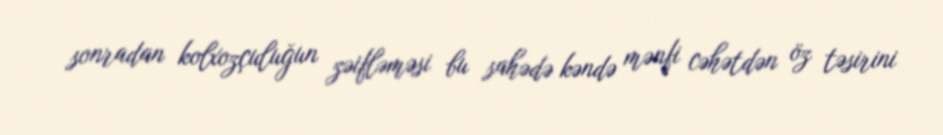
sonradan kolxozçuluğun zəifləməsi bu sahədə kəndə mənfi cəhətdən öz təsirini